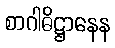
စာဂါဓိဋ္ဌာနေန